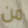
من